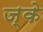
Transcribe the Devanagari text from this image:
ज्के